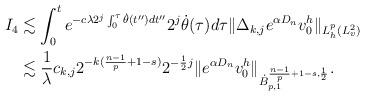
LaTeX: \begin{align*}I_4&\lesssim \int_0^t e^{-c\lambda2^{j}\int_{0}^\tau \dot\theta(t'')d{t''}}2^j\dot\theta(\tau)d\tau\|{\Delta}_{k,j}e^{\alpha D_n }v_0^h\|_{L^p_h(L^2_v)}\\&\lesssim \frac{1}{\lambda}c_{k,j}2^{-k(\frac{n-1}{p}+1-s)}2^{-\frac{1}{2}j}\|e^{\alpha D_n }v_0^h\|_{\dot{B}_{p,1}^{\frac{n-1}{p}+1-s,\frac{1}{2}}}.\end{align*}